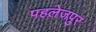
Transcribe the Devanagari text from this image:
पहलेजपुर